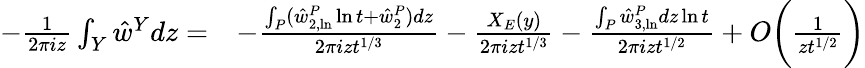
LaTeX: \begin{array}{rl}{-\frac{1}{2\pi iz}\int_{Y}\hat{w}^{Y}dz=}&{-\frac{\int_{P}(\hat{w}_{2,\ln}^{P}\ln{t}+\hat{w}_{2}^{P})dz}{2\pi izt^{1/3}}-\frac{X_{E}(y)}{2\pi izt^{1/3}}-\frac{\int_{P}\hat{w}_{3,\ln}^{P}dz\ln{t}}{2\pi izt^{1/2}}+O\bigg(\frac{1}{zt^{1/2}}\bigg)}\end{array}